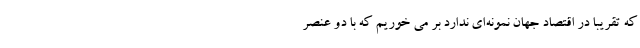
که تقریبا در اقتصاد جهان نمونه‌ای ندارد بر می خوریم که با دو عنصر